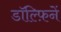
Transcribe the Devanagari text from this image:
डॉल्फ़िनें